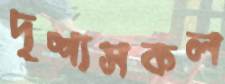
দৃশ্যসকল